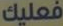
فعليك